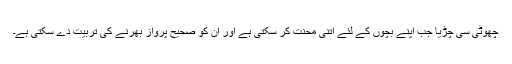
چھوٹی سی چڑیا جب اپنے بچوں کے لئے اتنی محنت کر سکتی ہے اور ان کو صحیح پرواز بھرنے کی تربیت دے سکتی ہے۔